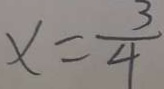
x = \frac { 3 } { 4 }